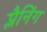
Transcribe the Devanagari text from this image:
प्लैनिंग